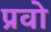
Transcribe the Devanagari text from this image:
प्रवो